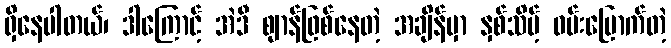
ရှိနေပါတယ်၊ ဒါကြောင့် အဲဒီ ဈာန်ဖြစ်နေတဲ့ အချိန်မှာ နှစ်သိမ့် ဝမ်းမြောက်တဲ့